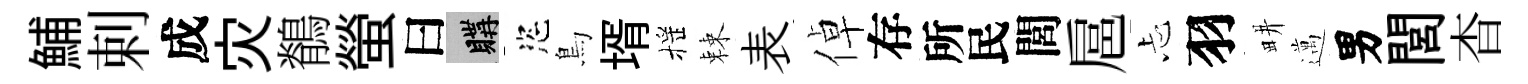
鯆剌成灾鶺螢曰購恣鳥壻摇棘表倬存所民閭扈忐羽畊邁男閭杳